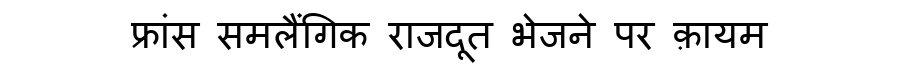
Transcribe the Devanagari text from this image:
फ्रांस समलैंगिक राजदूत भेजने पर क़ायम